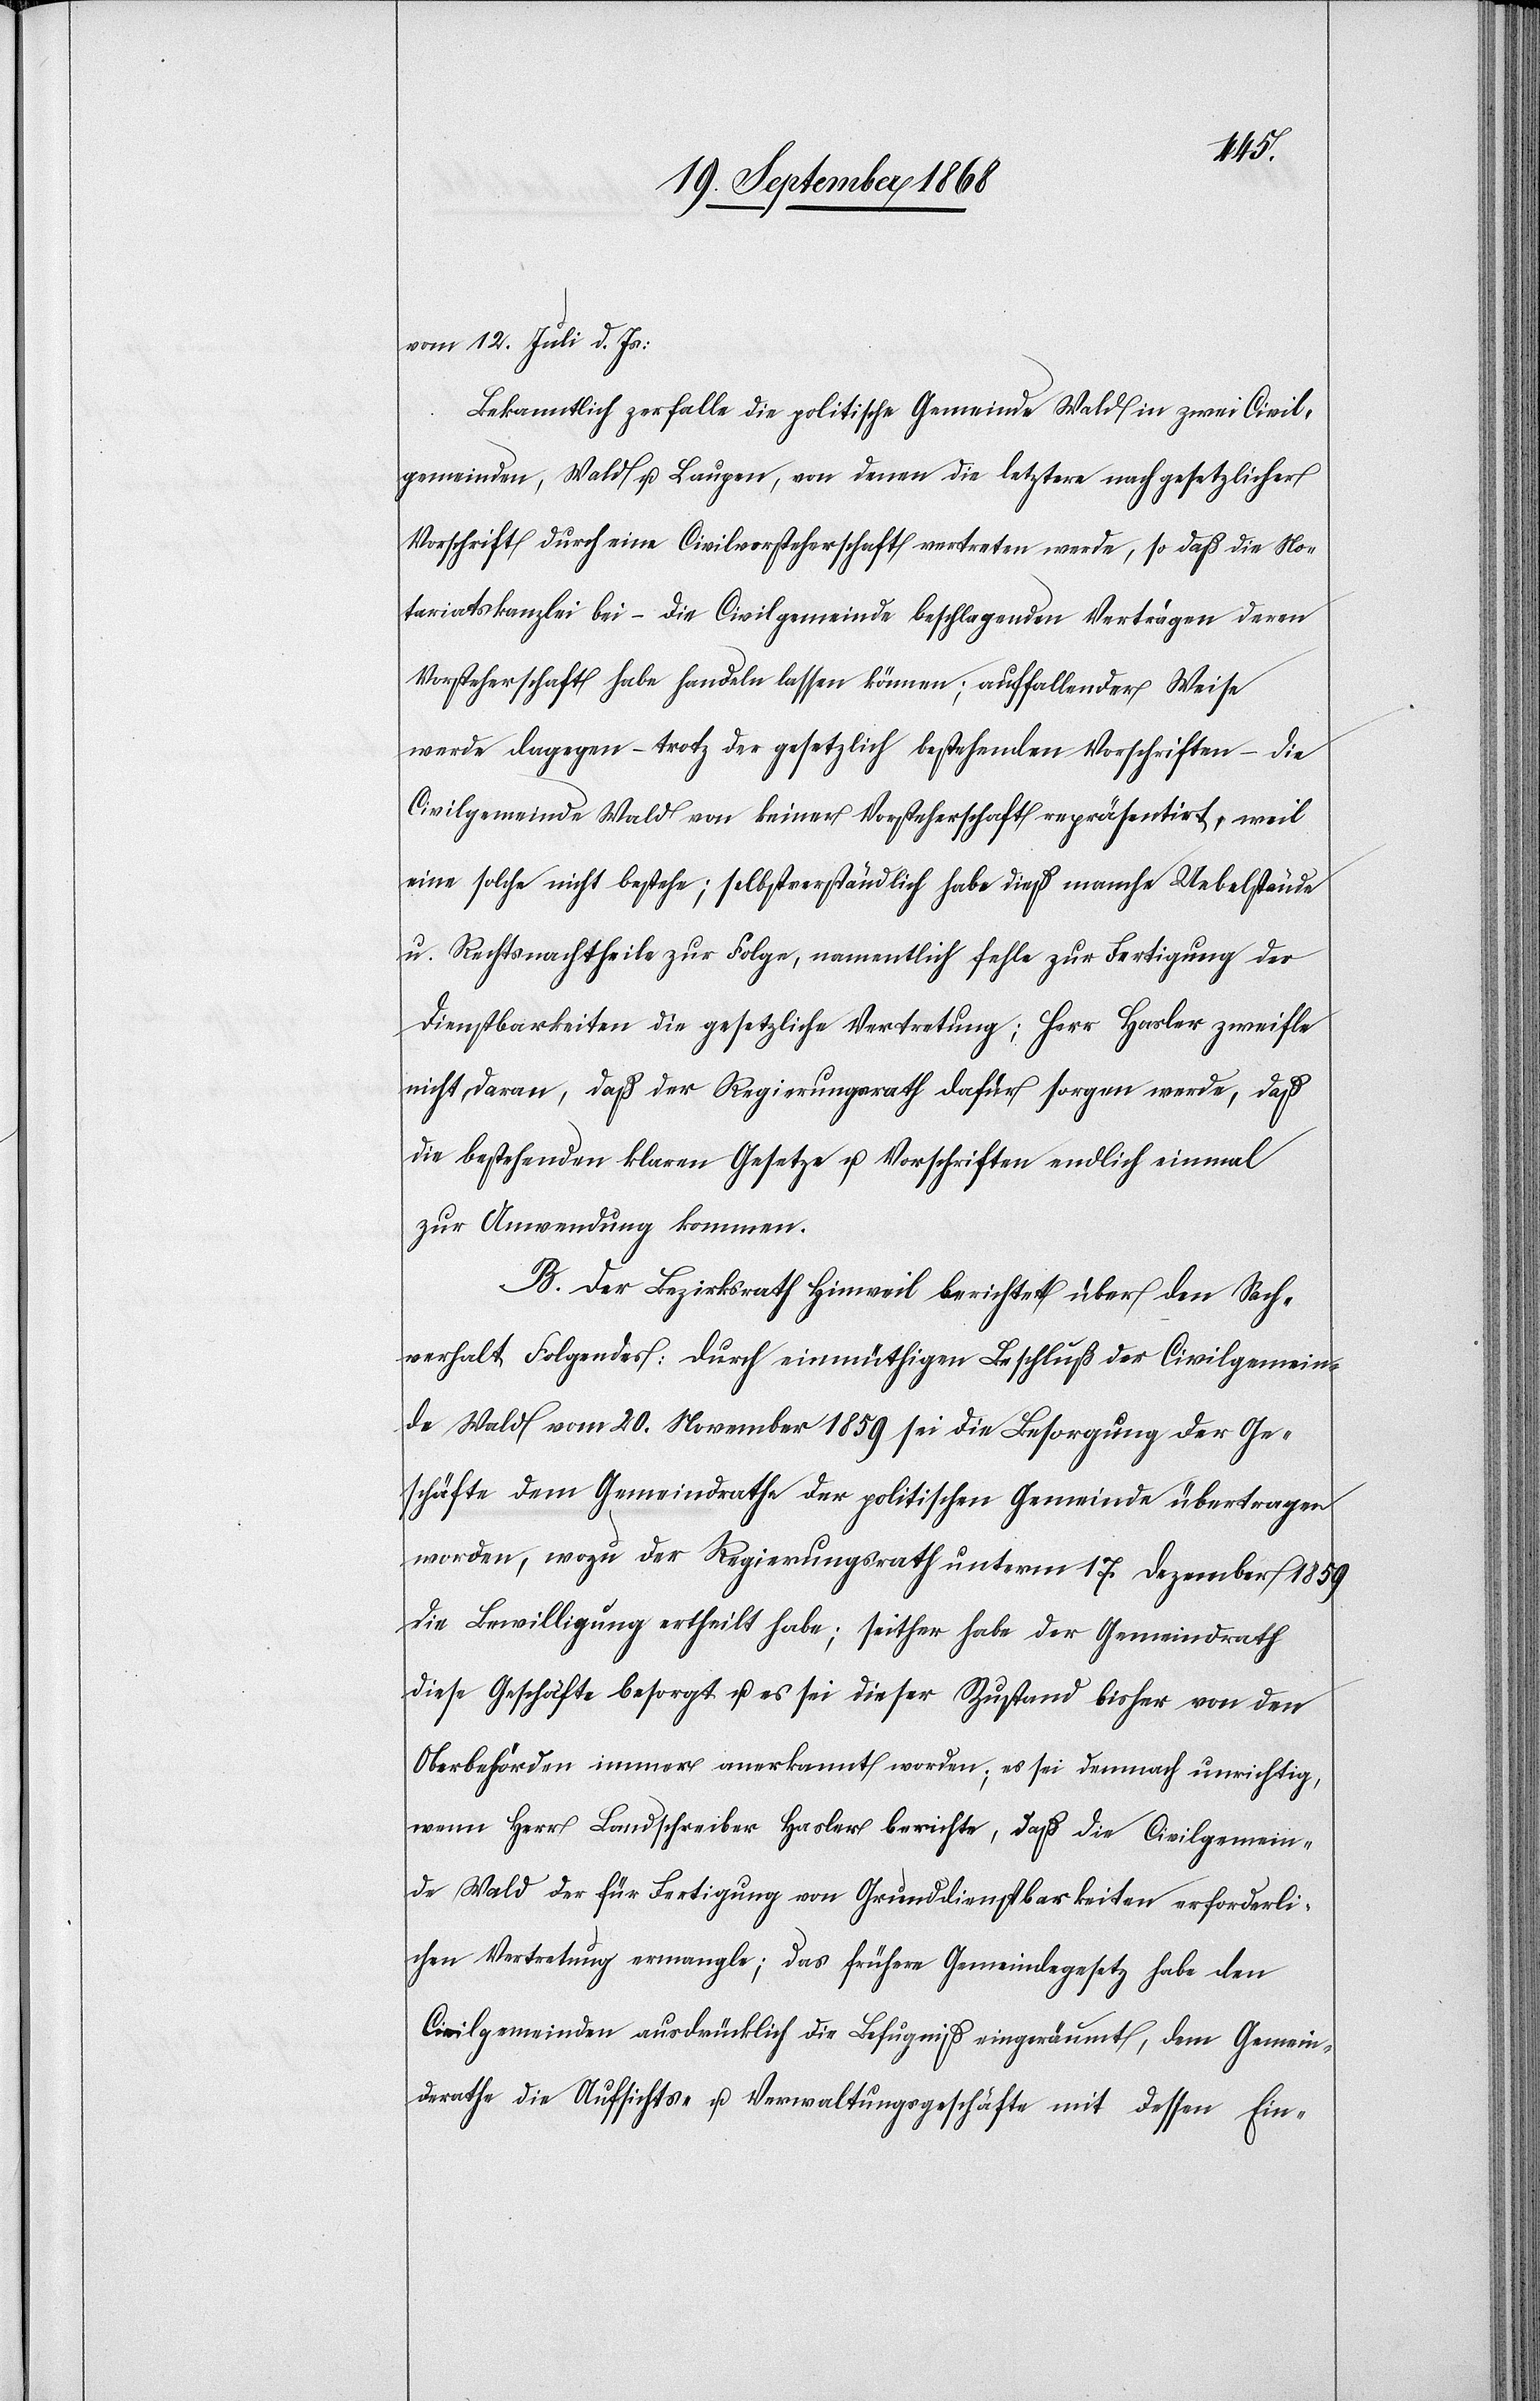
vom
12. Juli d. Js:
Bekanntlich zerfalle die politische Gemeinde Wald in zwei Civil¬
gemeinden, Wald u. Laupen, von denen die letztere nach gesetzlicher
Vorschrift durch eine Civilvorsteherschaft vertreten werde, so daß die No¬
tariatskanzlei bei – die Civilgemeinde beschlagenden Verträgen deren
Vorsteherschaft habe handeln lassen können; auffallender Weise
werde dagegen – trotz der gesetzlich bestehenden Vorschriften – die
Civilgemeinde Wald von keiner Vorsteherschaft repräsentirt, weil
eine solche nicht bestehe; selbstverständlich habe dieß manche Uebelstände
u. Rechtsnachtheile zur Folge, namentlich fehle zur Fertigung der
Dienstbarkeiten die gesetzliche Vertretung; Herr Hasler zweifle
nicht daran, daß der Regierungsrath dafür sorgen werde, daß
die bestehenden klaren Gesetze u. Vorschriften endlich einmal
zur Anwendung kommen.
B. Der Bezirksrath Hinweil berichtet über den Sach¬
verhalt Folgendes: Durch einmüthigen Beschluß der Civilgemein¬
de Wald vom 20. November 1859 sei die Besorgung der Ge¬
schäfte dem Gemeindrathe der politischen Gemeinde übertragen
worden, wozu der Regierungsrath unterm 17. Dezember 1859
die Bewilligung ertheilt habe; seither habe der Gemeindrath
diese Geschäfte besorgt u. es sei dieser Zustand bisher von den
Oberbehörden immer anerkannt worden; es sei demnach unrichtig,
wenn Herr Landschreiber Hasler berichte, daß die Civilgemein¬
de Wald der für Fertigung von Grunddienstbarkeiten erforderli¬
chen Vertretung ermangle; das frühere Gemeindegesetz habe den
Civilgemeinden ausdrücklich die Befugniß eingeräumt, dem Gemein¬
derathe die Aufsichts- u. Verwaltungsgeschäfte mit dessen Ein-